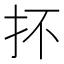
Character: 抔